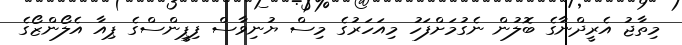
މިތާޖު އެރީދްނާގެ ބޮލުން ނެގުމަށްފަހު މިއަހަރުގެ މިސް ޔުނިވާސް ފިޕީންސްގެ ޕިއާ އެލޯންޒޯގެ